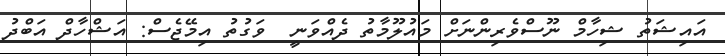
އައިޝަތު ޝިހާމް ނޫސްވެރިންނަށް މައުލޫމާތު ދެއްވަނީ  ވަގުތު އިމޭޖެސް: އަޝްހާދް އަބްދު